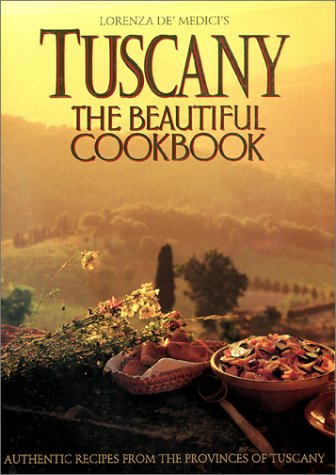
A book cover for Tuscany: The Beautiful Cookbook; Lorenza de'Medici; Travel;